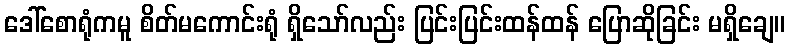
ဒေါ်စောရုံကမူ စိတ်မကောင်းရုံ ရှိသော်လည်း ပြင်းပြင်းထန်ထန် ပြောဆိုခြင်း မရှိချေ။